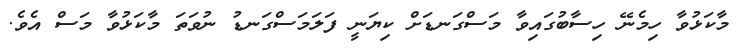
މާކަޅުވާ ހިމެނޭ ހިސާބުގައިވާ މަސްގަނޑަށް ކިޔަނީ ފަލަމަސްގަނޑު ނުވަތަ މާކަޅުވާ މަސް އެވެ.